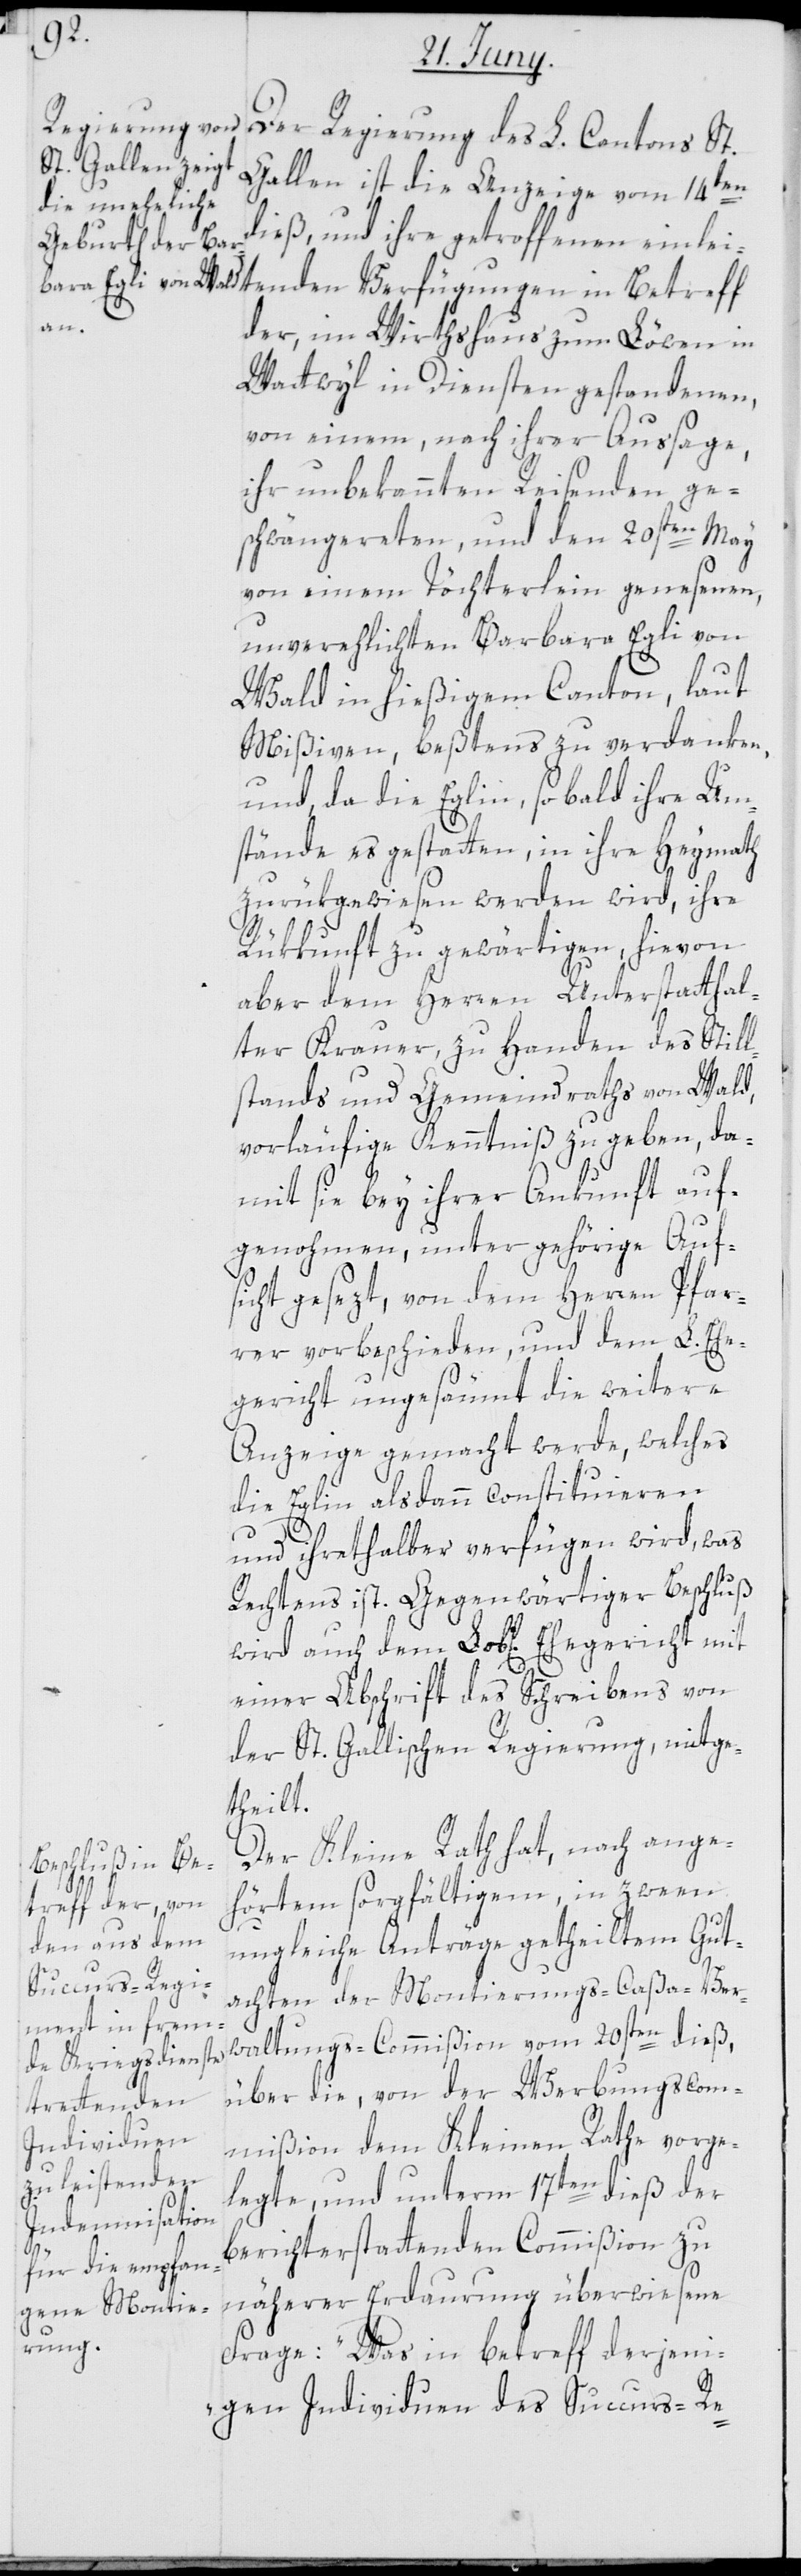
Der Regierung des L. Cantons St.
Gallen ist die Anzeige vom 14ten
dieß, und ihre getroffenen einlei¬
der, im Wirthshaus zum Löwen in
Wattwyl in Diensten gestandenen,
von einem, nach ihrer Ausage,
ihr unbekannten Reisenden ge¬
schwängerten, und den 20sten May
von einem Töchterlein genesenen,
unverehelichten Barbara Egli von
Wald in hießigem Canton, laut
Mißiven, beßtens zu verdanken,
und, da die Eglin, sobald ihre Um¬
stände es gestatten, in ihre Heymath
zurükgewiesen werden wird, ihre
Rükkunft zu gewärtigen, hievon
aber dem Herren Unterstatthal¬
ter Krauer, zu Handen des Still¬
stands und Gemeindraths von Wald,
vorläufige Kenntniß zu geben, da¬
mit sie bey ihrer Ankunft auf¬
genohmen, unter gehörige Auf¬
sicht gesezt, von dem Herren Pfar¬
rer vorbeschieden, und dem L. Ehe¬
gericht ungesäumt die weitere
Anzeige gemacht werde, welches
die Eglin alsdann constituieren
und ihrethalber verfügen wird, was
Rechtens ist. Gegenwärtiger Beschluß
einer Abschrift des Schreibens von
der St. Gallischen Regierung, mitge¬
theilt.
Der Kleine Rath hat, nach ange¬
hörtem sorgfältigem, in zween
ungleiche Anträge getheiltem Gut¬
achten der Montierungscaßa-Ver¬
waltungs-Commißion vom 20sten dieß,
über die, von der Werbungscom¬
tenden
mißion dem Kleinen Rathe vorge¬
legte, und unterm 17ten dieß der
berichterstattenden Commißion zu
näherer Erdaurung überwiesene
Frage: „Was in betreff derjeni¬
gen Individuen des Succurs-Re-